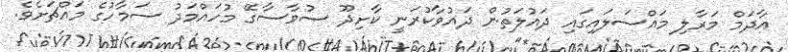
އާދަމް މަރާލި މައްސަލައިގައި ދައުލަތުން ދައުވާކުރަނީ ކާށިދޫ ސުވާސާގޭ މުހައްމަދު ސަމާހުގެ މައްޗަށެވެ.